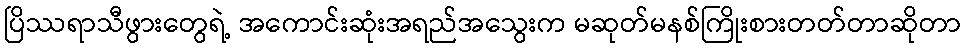
ပြိဿရာသီဖွားတွေရဲ့ အကောင်းဆုံးအရည်အသွေးက မဆုတ်မနစ်ကြိုးစားတတ်တာဆိုတာ